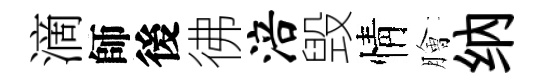
滴師後彿涪毁情膾纳